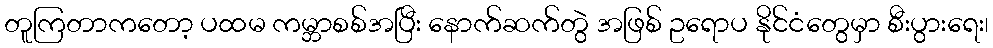
တူကြတာကတော့ ပထမ ကမ္ဘာစစ်အပြီး နောက်ဆက်တွဲ အဖြစ် ဥရောပ နိုင်ငံတွေမှာ စီးပွားရေး၊